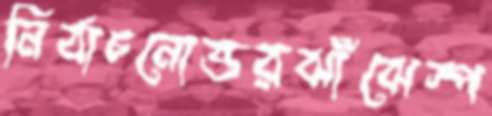
নির্বাচনোত্তরঝাঁঝেস্প